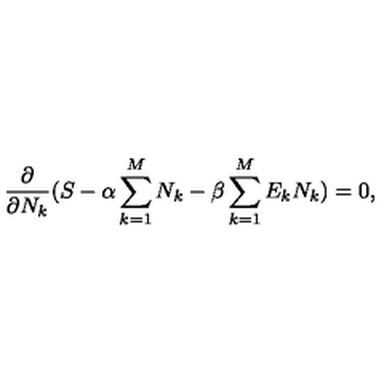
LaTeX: \frac { \partial } { \partial N _ { k } } ( S - \alpha \sum _ { k = 1 } ^ { M } N _ { k } - \beta \sum _ { k = 1 } ^ { M } E _ { k } N _ { k } ) = 0 ,